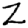
Digit: 2